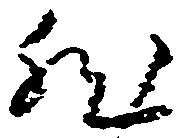
然